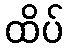
ထိပ်